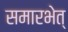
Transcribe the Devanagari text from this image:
समारभेत्